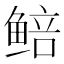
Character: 𬶜